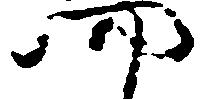
四